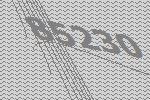
85230